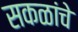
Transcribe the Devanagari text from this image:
सकळांचे